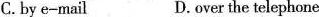
C.by e-mail D.over the telephone